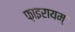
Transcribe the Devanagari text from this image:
फ़ाइरायम्